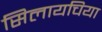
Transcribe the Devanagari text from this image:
सिलायचिया